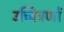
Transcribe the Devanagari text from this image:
उच्चित्रणों